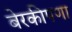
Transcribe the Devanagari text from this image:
बेरकीपणा